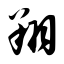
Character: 翔